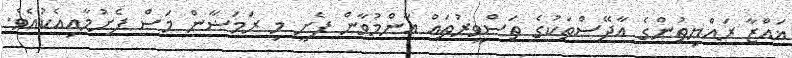
ޣައްޒާ ރައްޔިތުންގެ އާދޭސްތަކުގެ ތަސްވީރުތައް އާންމުވާން ފެށީ މި ރަމަޟާން މަސް ފެށުމާއިއެކުއެވެ.